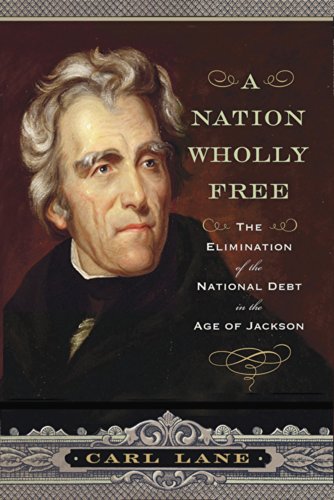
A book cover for A Nation Wholly Free: The Elimination of the National Debt in the Age of Jackson; Carl Lane; Business & Money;